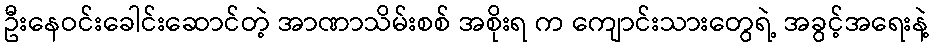
ဦးနေဝင်းခေါင်းဆောင်တဲ့ အာဏာသိမ်းစစ် အစိုးရ က ကျောင်းသားတွေရဲ့ အခွင့်အရေးနဲ့